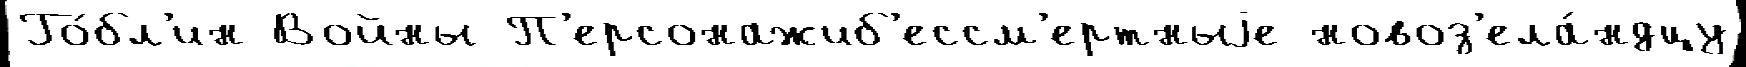
Го́бл'ин Войны П'ерсонажиб'ессм'ертныjе новоз'ела́ндцу